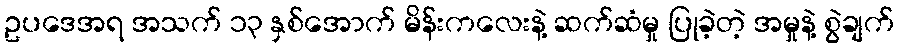
ဥပဒေအရ အသက် ၁၃ နှစ်အောက် မိန်းကလေးနဲ့ ဆက်ဆံမှု ပြုခဲ့တဲ့ အမှုနဲ့ စွဲချက်